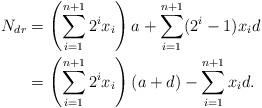
LaTeX: \begin{align*}N_{dr}&=\left(\sum_{i=1}^{n+1}2^ix_i\right)a+\sum_{i=1}^{n+1}(2^i-1)x_id\\&=\left(\sum_{i=1}^{n+1}2^ix_i\right)(a+d)-\sum_{i=1}^{n+1}x_id.\end{align*}